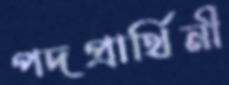
পদপ্রার্থিনী